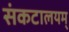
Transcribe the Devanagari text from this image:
संकटालयम्